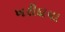
ખરીદાયા